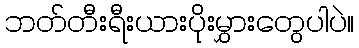
ဘတ်တီးရီးယားပိုးမွှားတွေပါပဲ။